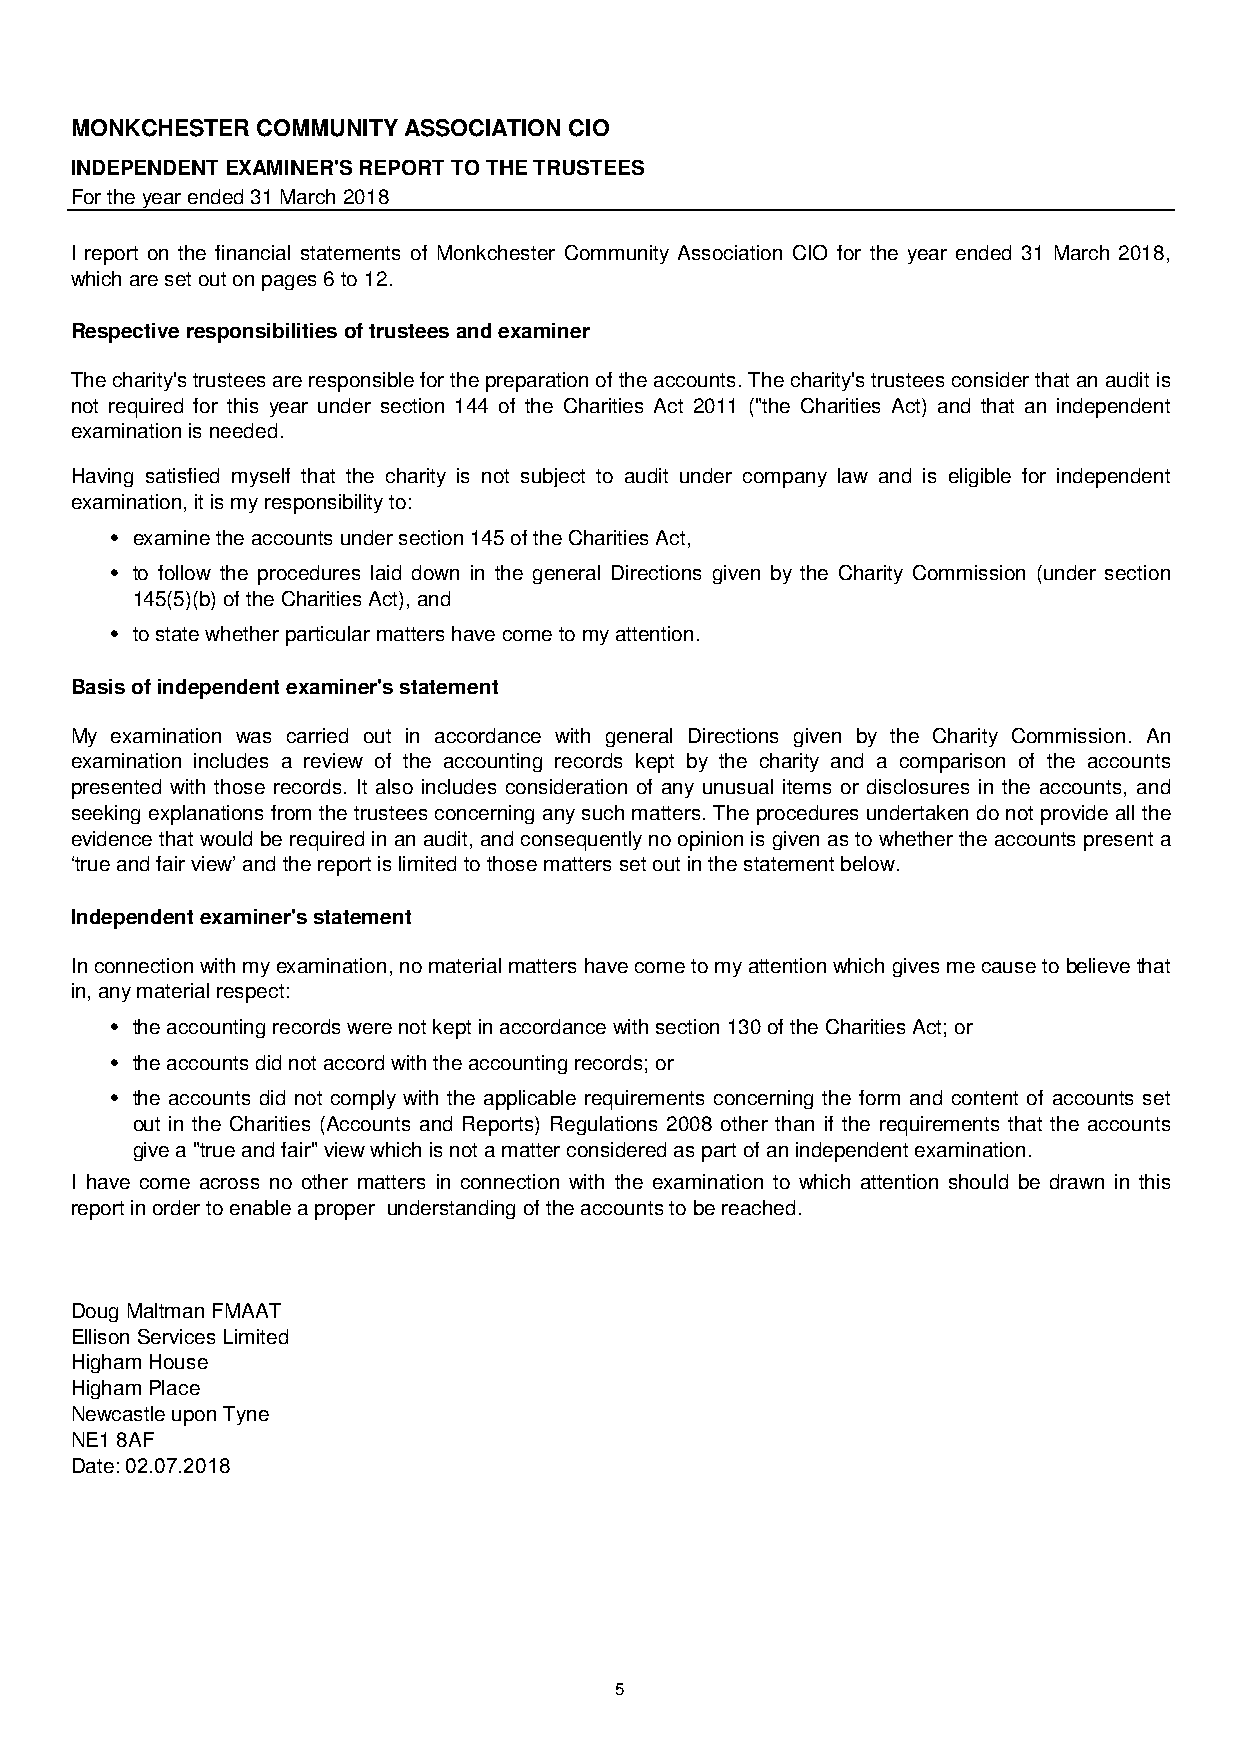
MONKCHESTER COMMUNITY ASSOCIATION CIO
 INDEPENDENT EXAMINER'S REPORT TO THE TRUSTEES
 For the year ended 31 March 2018
 I report on the financial statements of Monkchester Community Association CIO for the year ended 31 March 2018,
 which are set out on pages 6 to 12.
 Respective responsibilities of trustees and examiner
 Thecharity'strusteesareresponsibleforthepreparationoftheaccounts.Thecharity'strusteesconsiderthatanauditis
 not required for this year under section 144 of the Charities Act 2011 ("the Charities Act) and that an independent
 examination is needed.
 Having satisfied myself that the charity is not subject to audit under company law and is eligible for independent
 examination, it is my responsibility to:
 h examine the accounts under section 145 of the Charities Act,
 h to follow the procedures laid down in the general Directions given by the Charity Commission (under section
 145(5)(b) of the Charities Act), and
 h to state whether particular matters have come to my attention.
 Basis of independent examiner's statement
 My examination was carried out in accordance with general Directions given by the Charity Commission. An
 examination includes a review of the accounting records kept by the charity and a comparison of the accounts
 presented with those records. It also includes consideration of any unusual items or disclosures in the accounts, and
 seekingexplanations from thetrustees concerninganysuchmatters.Theprocedures undertakendonotprovide allthe
 evidencethatwouldberequiredinanaudit,andconsequentlynoopinionis givenas towhether theaccounts presenta
 ‘true and fair view’ and the report is limited to those matters set out in the statement below.
 Independent examiner's statement
 Inconnectionwithmyexamination,nomaterialmattershavecometomyattentionwhichgivesmecausetobelievethat
 in, any material respect:
 h the accounting records were not kept in accordance with section 130 of the Charities Act; or
 h the accounts did not accord with the accounting records; or
 h the accounts did not comply with the applicable requirements concerning the form and content of accounts set
 out in the Charities (Accounts and Reports) Regulations 2008 other than if the requirements that the accounts
 give a "true and fair" view which is not a matter considered as part of an independent examination.
 I have come across no other matters in connection with the examination to which attention should be drawn in this
 report in order to enable a proper understanding of the accounts to be reached.
 Doug Maltman FMAAT
 Ellison Services Limited
 Higham House
 Higham Place
 Newcastle upon Tyne
 NE1 8AF
 Date: 02.07.2018
 5